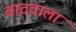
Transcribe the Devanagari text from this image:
बादवाला